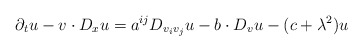
\begin{align*} \partial_t u - v \cdot D_x u = a^{i j} D_{v_i v_j} u - b \cdot D_v u - (c + \lambda^2) u\end{align*}